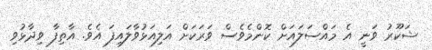
ޝަކޫރު ވަނީ އެ މައްސަލައަށް ކޮންމެވެސް ވަރަކަށް އަލިއަޅުވާލައިފަ އެވެ. އާތިފާ ވިދާޅުވި